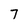
Character: 7